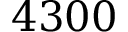
4 3 0 0